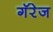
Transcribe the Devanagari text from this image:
गॅरेज